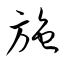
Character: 施